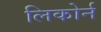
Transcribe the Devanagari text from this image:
लिकोर्न